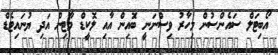
އޯބިޓަލް ސައެންސުން މިހާރު ވިސްނަނީ ބޮައިން އާއި ލޮކީޑް މާޓިން އަދި ޔުނައިޓެޑް